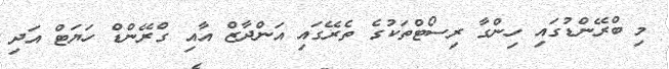
މި ބްރޭންޑުގައި ހިންގާ ރިސޯޓްތަކުގެ ތެރޭގައި އަންދާޒް އާއި ގްރޭންޑް ހަޔަޓް އަދި